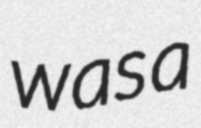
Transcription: was a